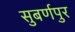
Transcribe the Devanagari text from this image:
सुबर्णपुर